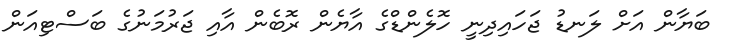
ބަޔާން އަށް ލަނޑު ޖަހައިދިނީ ހޮލެންޑްގެ އާޔެން ރޮބެން އާއި ޖަރުމަނުގެ ބަސްޓިއަން